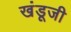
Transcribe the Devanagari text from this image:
खंडूजी